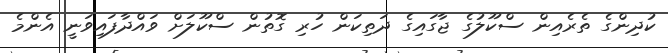
ކުދިންގެ ތެރެއިން ސްކޫލުގެ ޖާގައިގެ ދަތިކަން ހުރި ގޮތުން ސްކޫލަށް ވައްދާފައިވަނީ އެންމެ